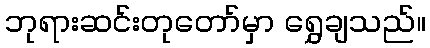
ဘုရားဆင်းတုတော်မှာ ရွှေချသည်။